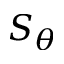
S _ { \theta }